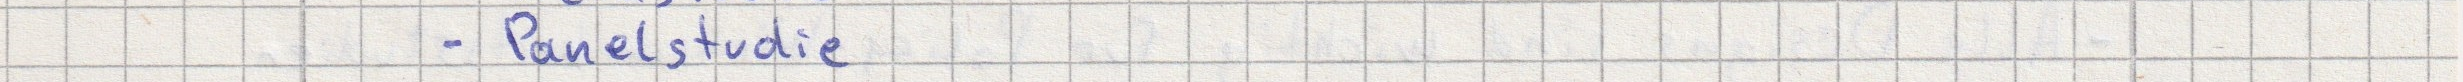
- Panelstudie